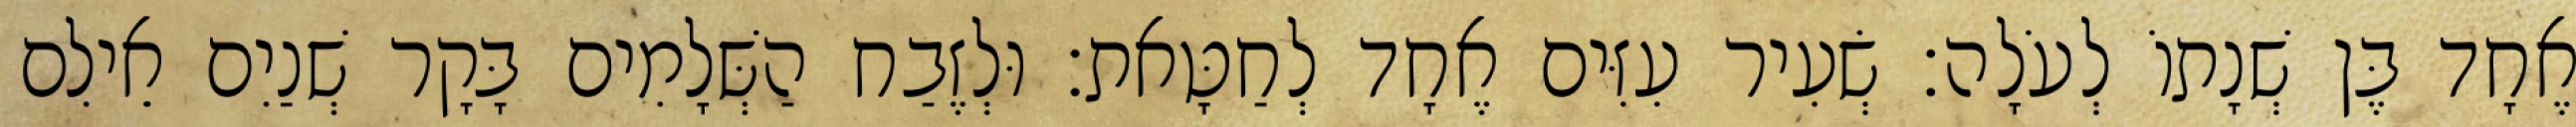
אֶחָד בֶּן שְׁנָתוֹ לְעֹלָה׃ שְׂעִיר עִזִּים אֶחָד לְחַטָּאת׃ וּלְזֶבַח הַשְּׁלָמִים בָּקָר שְׁנַיִם אֵילִם